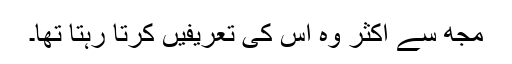
مجھ سے اکثر وہ اس کی تعریفیں کرتا رہتا تھا۔